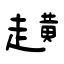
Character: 趪